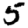
Digit: 5